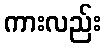
ကားလည်း